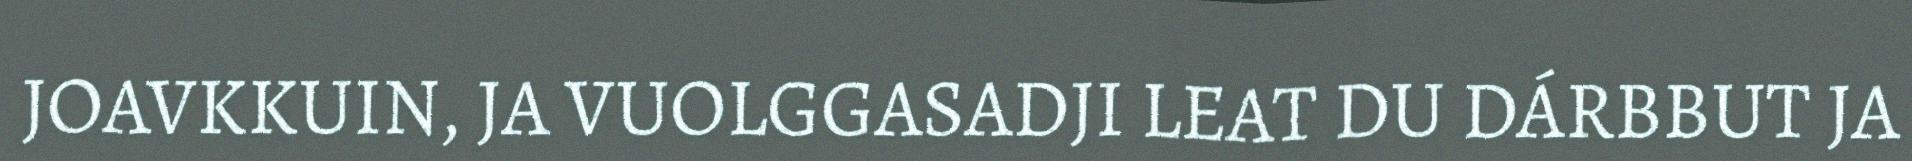
JOAVKKUIN, JA VUOLGGASADJI LEAT DU DÁRBBUT JA